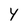
Character: Y